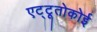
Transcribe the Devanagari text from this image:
एट्टूतोकोई